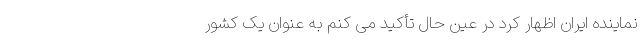
نماینده ایران اظهار کرد در عین حال تأکید می کنم به عنوان یک کشور